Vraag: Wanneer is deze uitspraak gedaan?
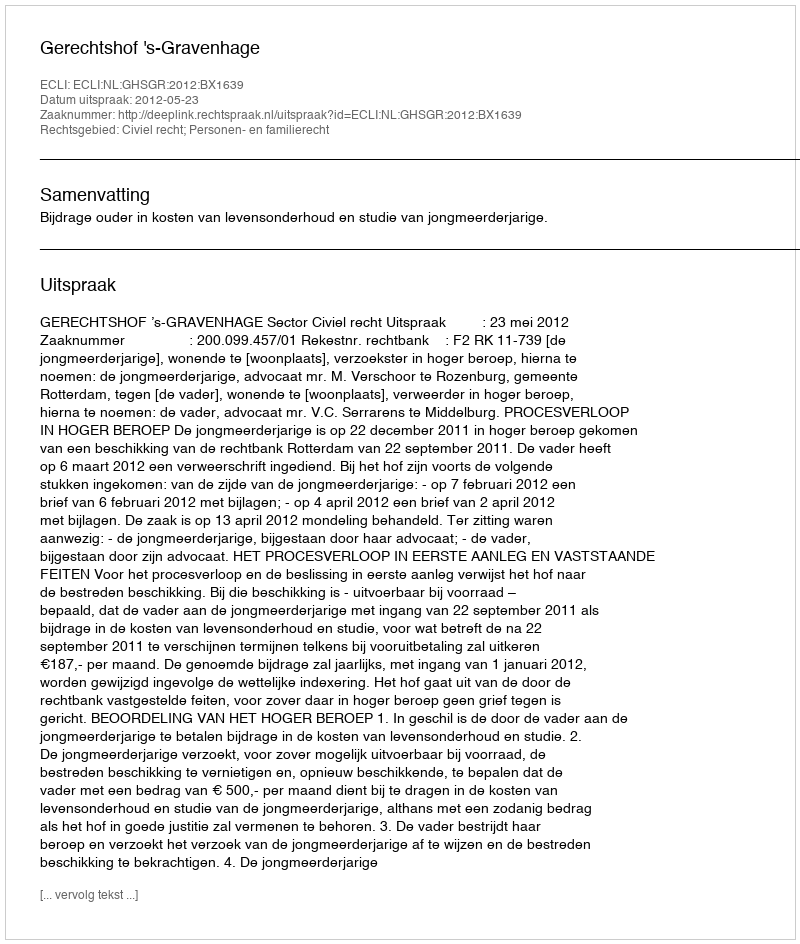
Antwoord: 2012-05-23